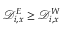
\mathcal { D } _ { i , x } ^ { E } \geq \mathcal { D } _ { i , x } ^ { W }